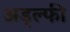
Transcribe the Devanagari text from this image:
अड्ल्फी